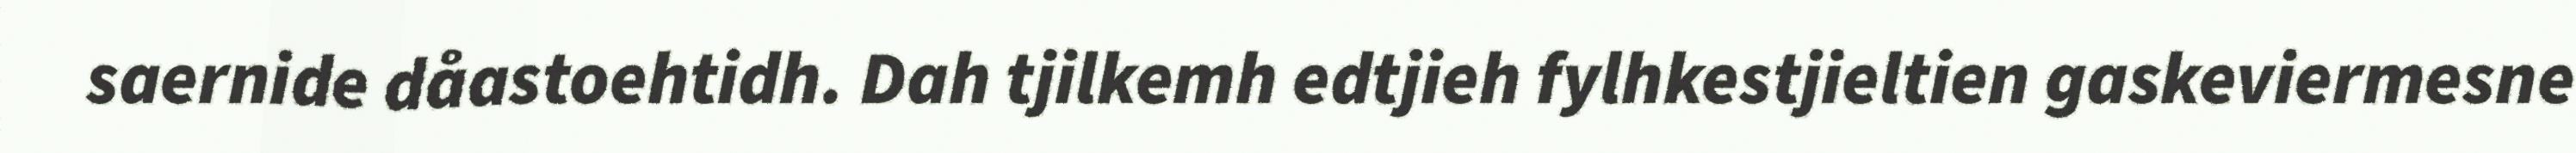
saernide dåastoehtidh. Dah tjilkemh edtjieh fylhkestjieltien gaskeviermesne